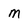
Character: M